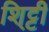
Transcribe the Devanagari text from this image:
शि्ट्टी